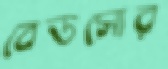
বেডসোর